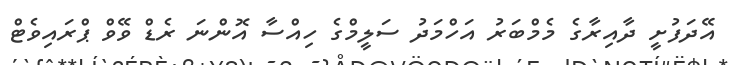
އޭދަފުށީ ދާއިރާގެ މެމްބަރު އަހްމަދު ސަލީމްގެ ހިއްސާ އޮންނަ ރެޑް ވޭވް ޕްރައިވެޓް